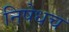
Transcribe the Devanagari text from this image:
निषेधच